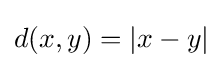
d(x,y)=|x-y|